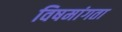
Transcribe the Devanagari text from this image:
विषमांगता